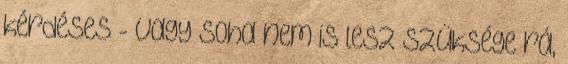
kérdéses - vagy soha nem is lesz szüksége rá,